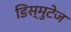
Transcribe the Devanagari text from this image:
डिस्मुटेज